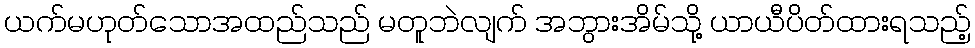
ယက်မဟုတ်သောအထည်သည် မတူဘဲလျက် အဘွားအိမ်သို့ ယာယီပိတ်ထားရသည့်